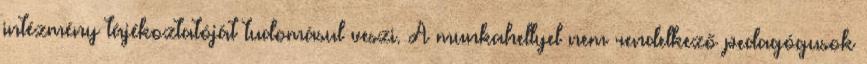
intézmény tájékoztatóját tudomásul veszi. A munkahellyel nem rendelkező pedagógusok